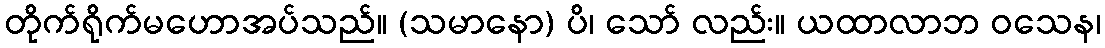
တိုက်ရိုက်မဟောအပ်သည်။ (သမာနော) ပိ၊ သော် လည်း။ ယထာလာဘ ဝသေန၊